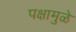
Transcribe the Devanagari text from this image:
पक्षामुळे